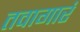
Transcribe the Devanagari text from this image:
तवागारं